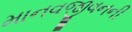
માનવજીવનની